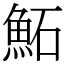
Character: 鮖